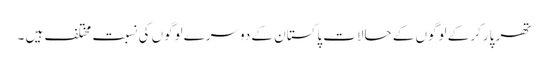
تھر پارکر کے لوگوں کے حالات پاکستان کے دوسرے لوگوں کی نسبت مختلف ہیں ۔